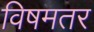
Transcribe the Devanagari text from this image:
विषमतर